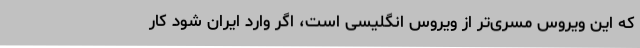
که این ویروس مسری‌تر از ویروس انگلیسی است، اگر وارد ایران شود کار